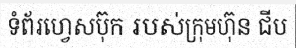
ទំព័រហ្វេសប៊ុក របស់ក្រុមហ៊ុន ជីប